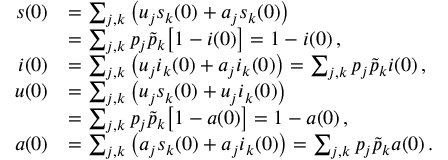
\begin{array} { r l } { s ( 0 ) } & { = \sum _ { j , k } \big ( u _ { j } s _ { k } ( 0 ) + a _ { j } s _ { k } ( 0 ) \big ) } \\ { \: } & { = \sum _ { j , k } p _ { j } \tilde { p } _ { k } \big [ 1 - i ( 0 ) \big ] = 1 - i ( 0 ) \, , } \\ { i ( 0 ) } & { = \sum _ { j , k } \big ( u _ { j } i _ { k } ( 0 ) + a _ { j } i _ { k } ( 0 ) \big ) = \sum _ { j , k } p _ { j } \tilde { p } _ { k } i ( 0 ) \, , } \\ { u ( 0 ) } & { = \sum _ { j , k } \big ( u _ { j } s _ { k } ( 0 ) + u _ { j } i _ { k } ( 0 ) \big ) } \\ { \: } & { = \sum _ { j , k } p _ { j } \tilde { p } _ { k } \big [ 1 - a ( 0 ) \big ] = 1 - a ( 0 ) \, , } \\ { a ( 0 ) } & { = \sum _ { j , k } \big ( a _ { j } s _ { k } ( 0 ) + a _ { j } i _ { k } ( 0 ) \big ) = \sum _ { j , k } p _ { j } \tilde { p } _ { k } a ( 0 ) \, . } \end{array}